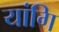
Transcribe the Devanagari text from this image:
यांगि